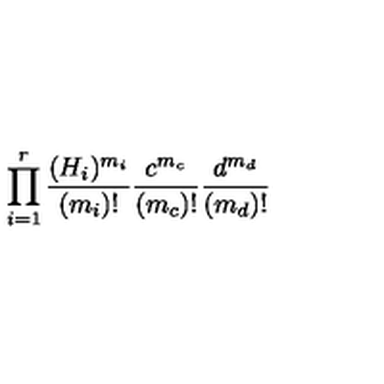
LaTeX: \prod _ { i = 1 } ^ { r } \frac { ( H _ { i } ) ^ { m _ { i } } } { ( m _ { i } ) ! } \frac { c ^ { m _ { c } } } { ( m _ { c } ) ! } \frac { d ^ { m _ { d } } } { ( m _ { d } ) ! }